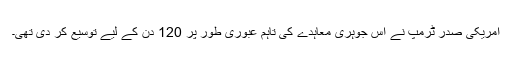
امریکی صدر ٹرمپ نے اس جوہری معاہدے کی تاہم عبوری طور پر 120 دن کے لیے توسیع کر دی تھی۔